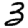
Digit: 3